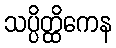
သပ္ပိတ္ထိကေန